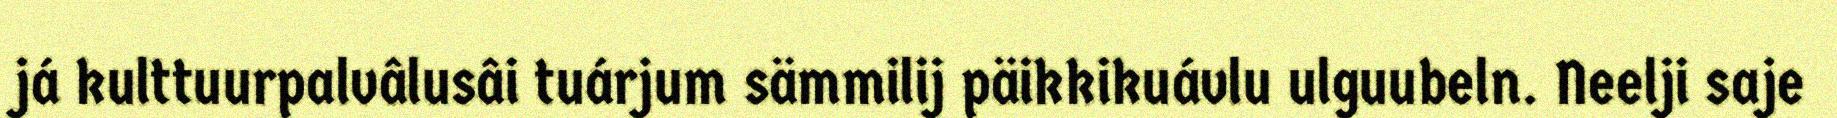
já kulttuurpalvâlusâi tuárjum sämmilij päikkikuávlu ulguubeln. Neelji saje